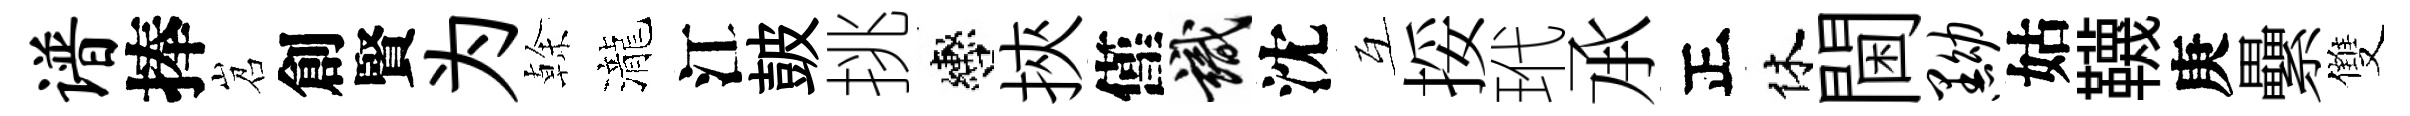
谱捧岧創賢为𠏉瀧江皷挑轡挾僅識沈互挼玳𠄘正休閫黝姑韈庚纍雙